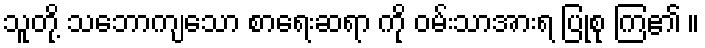
သူတို့ သဘောကျသော စာရေးဆရာ ကို ဝမ်းသာအားရ ပြုစု ကြ၏ ။